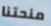
منحتنا